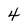
Character: 4